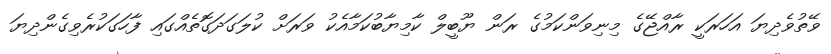
ވޭތުވެދިޔަ އަހަރަކީ ރާއްޖޭގެ މިނިވަންކަމުގެ ރަން ޔޫބީލް ކާމިޔާބުކަމާއެކު ވަރަށް ކުލަގަދަގޮތެއްގައި ފާހަގަކުރެވިގެންދިޔަ